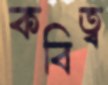
কবিত্ব